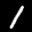
Label: 1